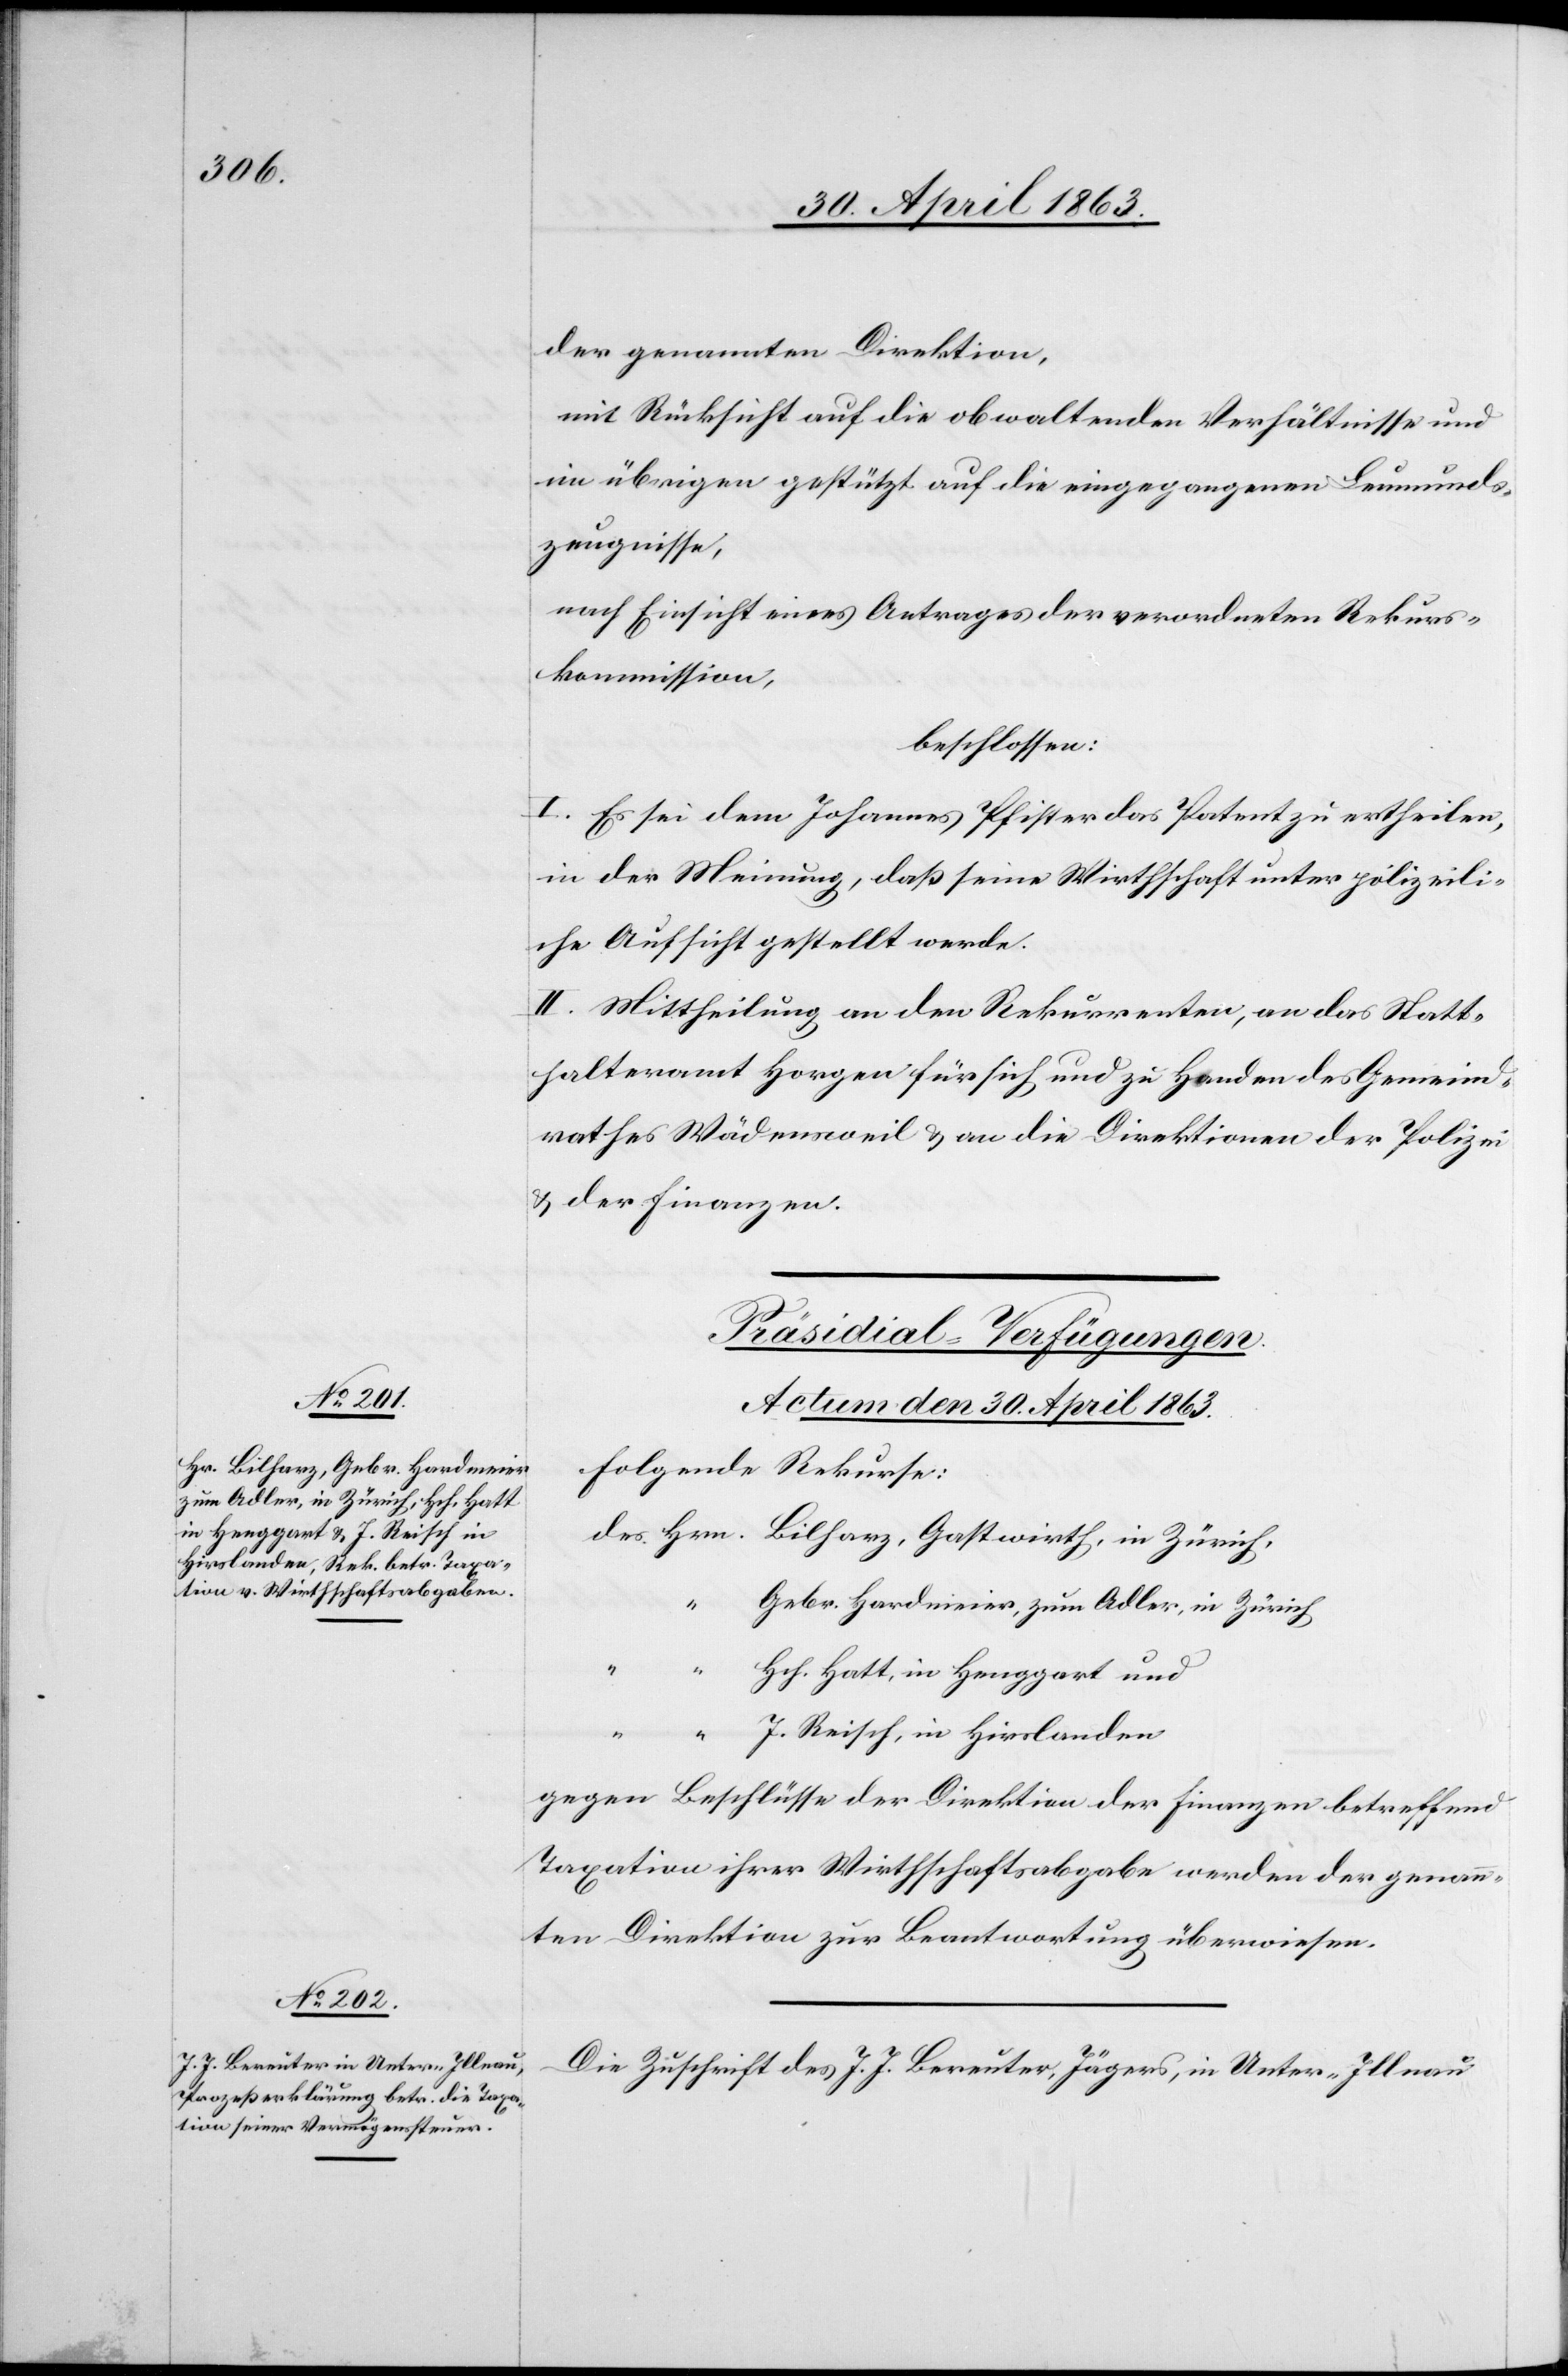
30. April 1863.]
mit Rücksicht auf die obwaltenden Verhältnisse und
im übrigen gestützt auf die eingegangenen Leumunds¬
zeugnisse,
nach Einsicht eines Antrages der verordneten Rekurs¬
kommission,
beschlossen:
I. Es sei dem Johannes Pfister das Patent zu ertheilen,
in der Meinung, daß seine Wirthschaft unter polizeili¬
che Aufsicht gestellt werde.
II. Mittheilung an den Rekurrenten, an das Statt¬
halteramt Horgen für sich und zu Handen des Gemeind¬
rathes Wädensweil & an die Direktionen der Polizei
& der Finanzen.
[Präsidial-Verfügungen.
Actum den 30. April 1863.
Folgende Rekurse:
des Hrn. Bilharz, Gastwirth, in Zürich,
Gebr. Hardmeier, zum Adler, in Zürich
Actum den
Hch. Hatt, in Henggart und
J. Reisch, in Hirslanden
gegen Beschlüsse der Direktion der Finanzen betreffend
Taxation ihrer Wirthschaftsabgabe werden der genann¬
ten Direktion zur Beantwortung überwiesen.
Die Zuschrift des J. J. Bereuter, Jägers, in Unter-Illnau